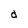
Character: d